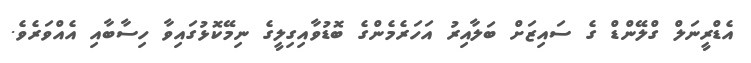
އެޑްރީނަލް ގްލޭންޑް ގެ ސައިޒަށް ބަލާއިރު އަަހަރެމެންގެ ބޮޑުވާއިގިލީގެ ނިމޭކޮޅުގައިވާ ހިސާބާއި އެއްވަރެވެ.